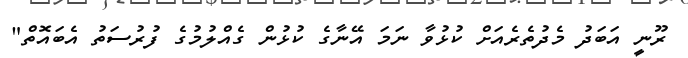
ރޫނީ އަބަދު މެދުތެރެއަށް ކުޅުވާ ނަމަ އޭނާގެ ކުޅުން ގެއްލުމުގެ ފުރުސަތު އެބައޮތް"